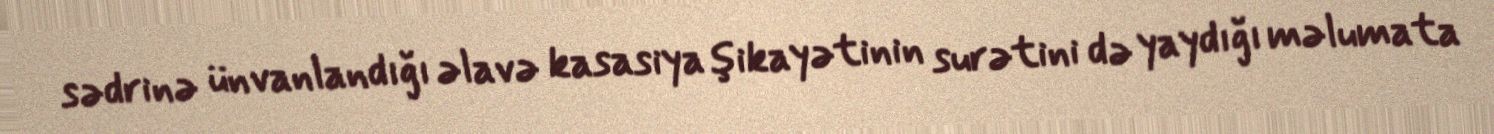
sədrinə ünvanlandığı əlavə kasasiya şikayətinin surətini də yaydığı məlumata